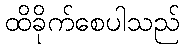
ထိခိုက်စေပါသည်